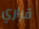
قراري